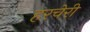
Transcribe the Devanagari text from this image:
हरचेरी